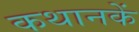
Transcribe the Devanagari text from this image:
कथानकें